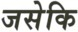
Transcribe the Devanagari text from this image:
जसेकि